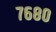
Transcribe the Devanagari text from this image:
७६८०